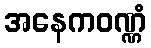
အနေကဝဏ္ဏံ